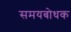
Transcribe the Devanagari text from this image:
समयबोधक